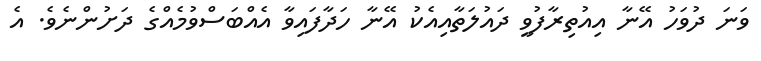
ވަނަ ދުވަހު އޭނާ އިއުތިރާފުވީ ދައުލަތާއިއެކު އޭނާ ހަދާފައިވާ އެއްބަސްވުމެއްގެ ދަށުންނެވެ. އެ